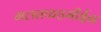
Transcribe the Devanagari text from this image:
गलतफहमीईन